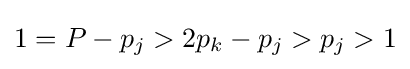
1=P-p_{j}>2p_{k}-p_{j}>p_{j}>1